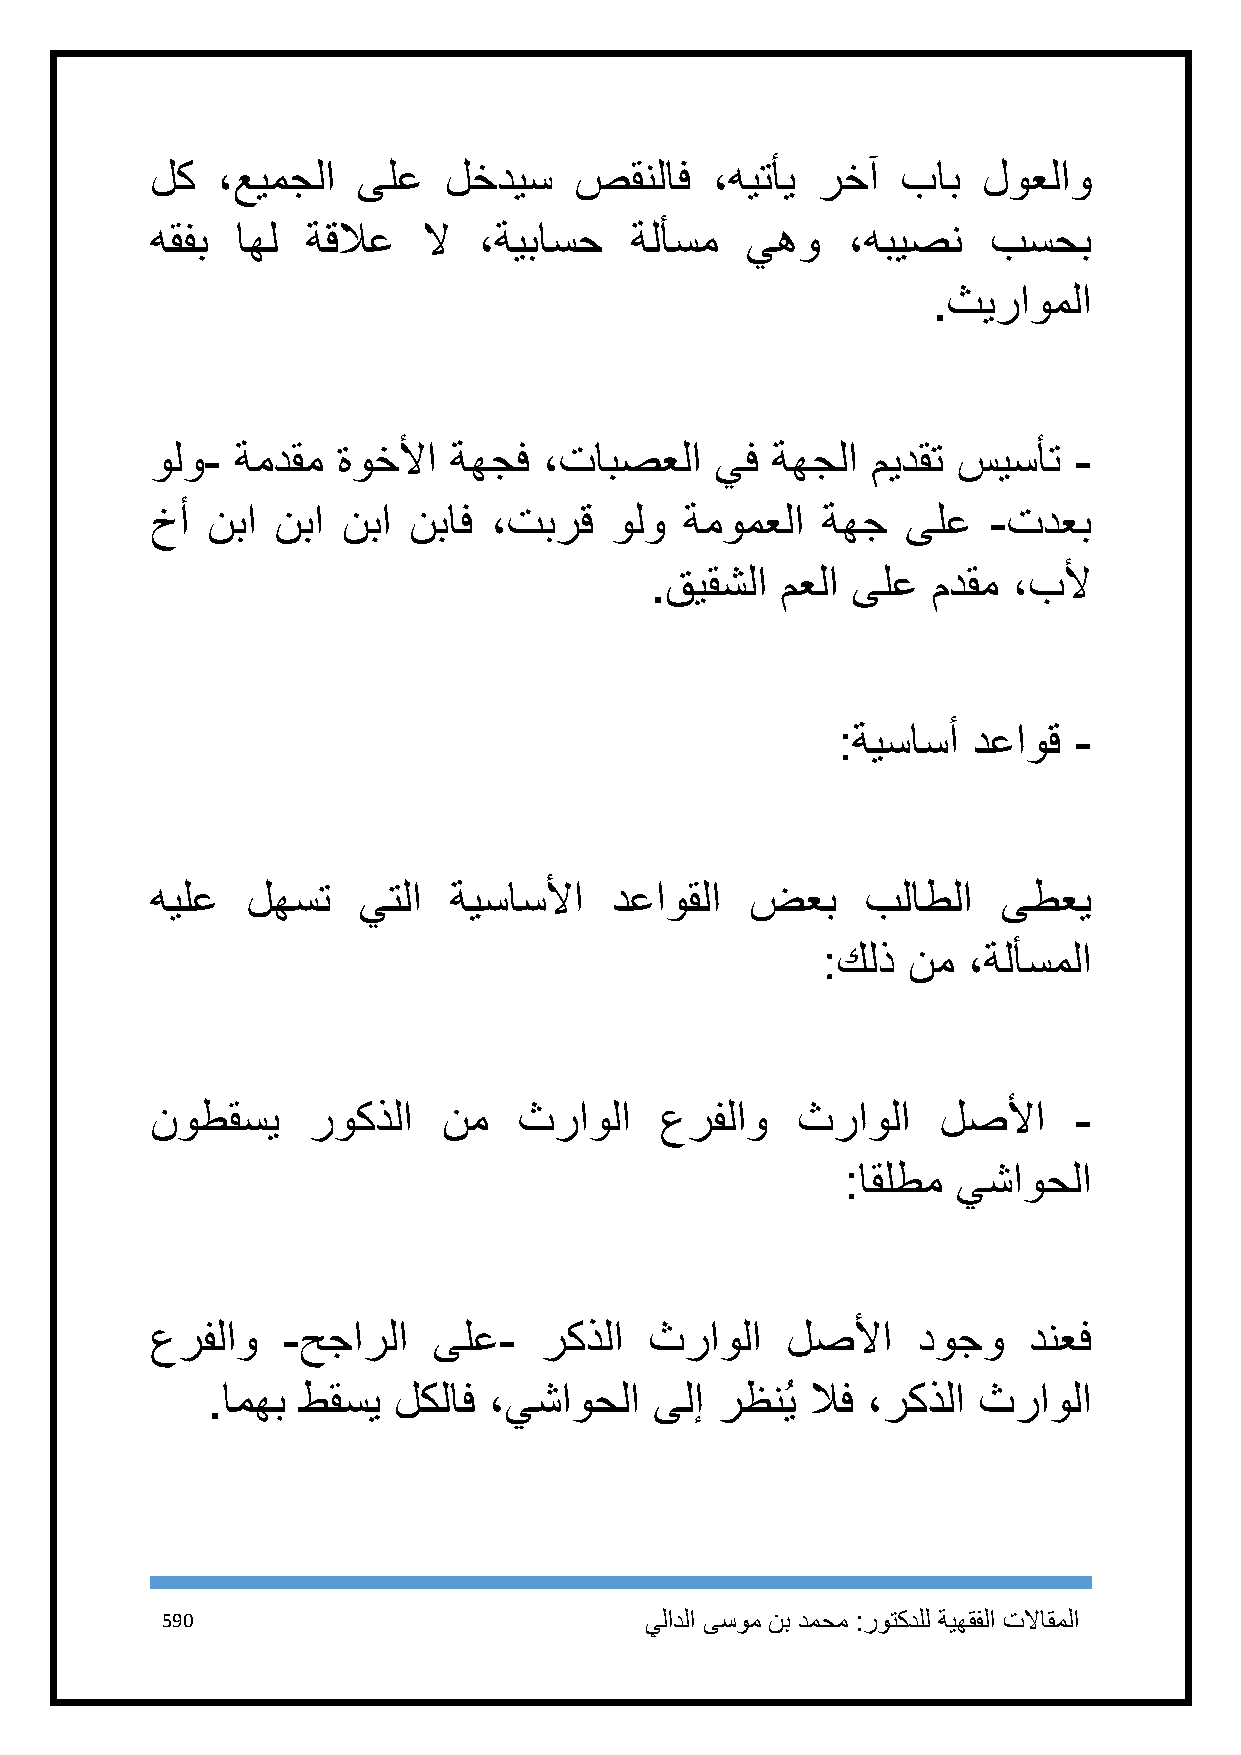
لك  ،عيمجلا   ىلع  لخديس    صقنلاف   ،هيتأي رخآ   باب  لوعلاو
 هقفب  اهل ةقلاع   لا  ،ةيباسح   ةلأسم  يهو    ،هبيصن    بسحب
 .ثيراوملا
 ولو-  ةمدقم ةوخلأا  ةهجف  ،تابصعلا   يف  ةهجلا  ميدقت سيسأت  -
 خأ  نبا نبا  نبا نباف ،تبرق   ولو  ةمومعلا  ةهج   ىلع   -تدعب
 .قيقشلا  معلا ىلع  مدقم ،بلأ
 :ةيساسأ  دعاوق  -
 هيلع  لهست    يتلا  ةيساسلأا  دعاوقلا   ضعب    بلاطلا   ىطعي
 :كلذ  نم  ،ةلأسملا
 نوطقسي    روكذلا   نم   ثراولا    عرفلاو   ثراولا   لصلأا    -
 :اقلطم يشاوحلا
 عرفلاو   -حجارلا   ىلع-   ركذلا  ثراولا   لصلأا    دوجو   دنعف
 .امهب طقسي  لكلاف ،يشاوحلا   ىلإ رظنُي  لاف ،ركذلا ثراولا
 591                             يلادلا ىسوم نب دمحم :روتكدلل ةيهقفلا تلااقملا